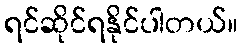
ရင်ဆိုင်ရနိုင်ပါတယ်။